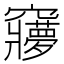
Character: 𮄥